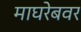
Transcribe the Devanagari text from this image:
माघरेबवर